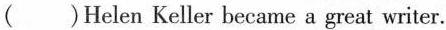
( )Helen Keller became a great writer.